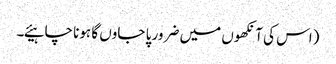
(اس کی آنکھوں میں ضرور پا جاوں گا ہونا چاہیئے۔